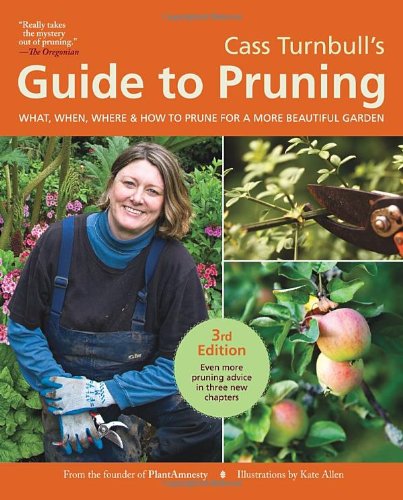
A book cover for Cass Turnbull's Guide to Pruning, 3rd Edition: What, When, Where, and How to Prune for a More Beautiful Garden; Cass Turnbull; Crafts, Hobbies & Home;